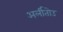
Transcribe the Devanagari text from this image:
अर्लीतोउ